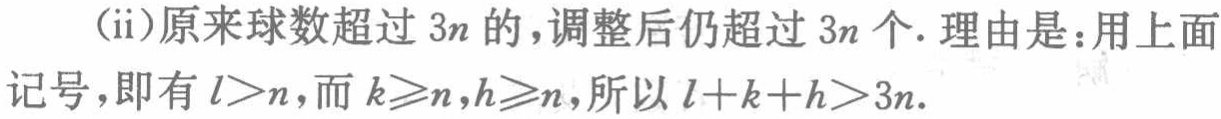
(ii)原来球数超过 \(3n\) 的，调整后仍超过 \(3n\) 个. 理由是：用上面

记号，即有 \(l > n\)，而 \(k\geqslant n\)，\(h\geqslant n\)，所以 \(l + k + h>3n\).